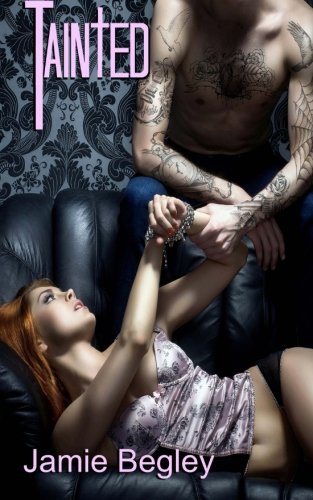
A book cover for Tainted (The VIP Room) (Volume 2); Jamie Begley; Romance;